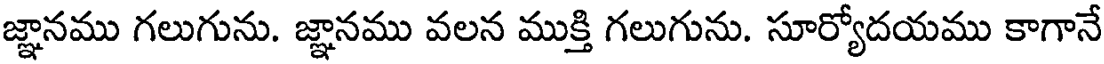
జ్ఞానము గలుగును. జ్ఞానము వలన ముక్తి గలుగును. సూర్యోదయము కాగానే